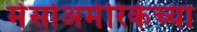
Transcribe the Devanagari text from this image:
मेसोअमेरिकेच्या